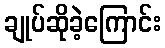
ချုပ်ဆိုခဲ့ကြောင်း